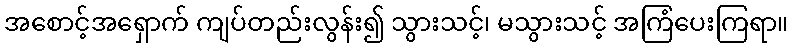
အစောင့်အရှောက် ကျပ်တည်းလွန်း၍ သွားသင့်၊ မသွားသင့် အကြံပေးကြရာ။